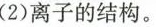
(2)离子的结构。